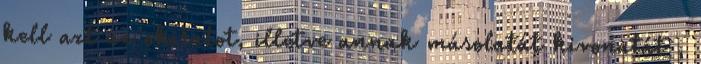
kell azt az okiratot, illetve annak másolatát kivonatát ,